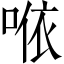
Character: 𠵱